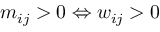
m _ { i j } > 0 \Leftrightarrow w _ { i j } > 0